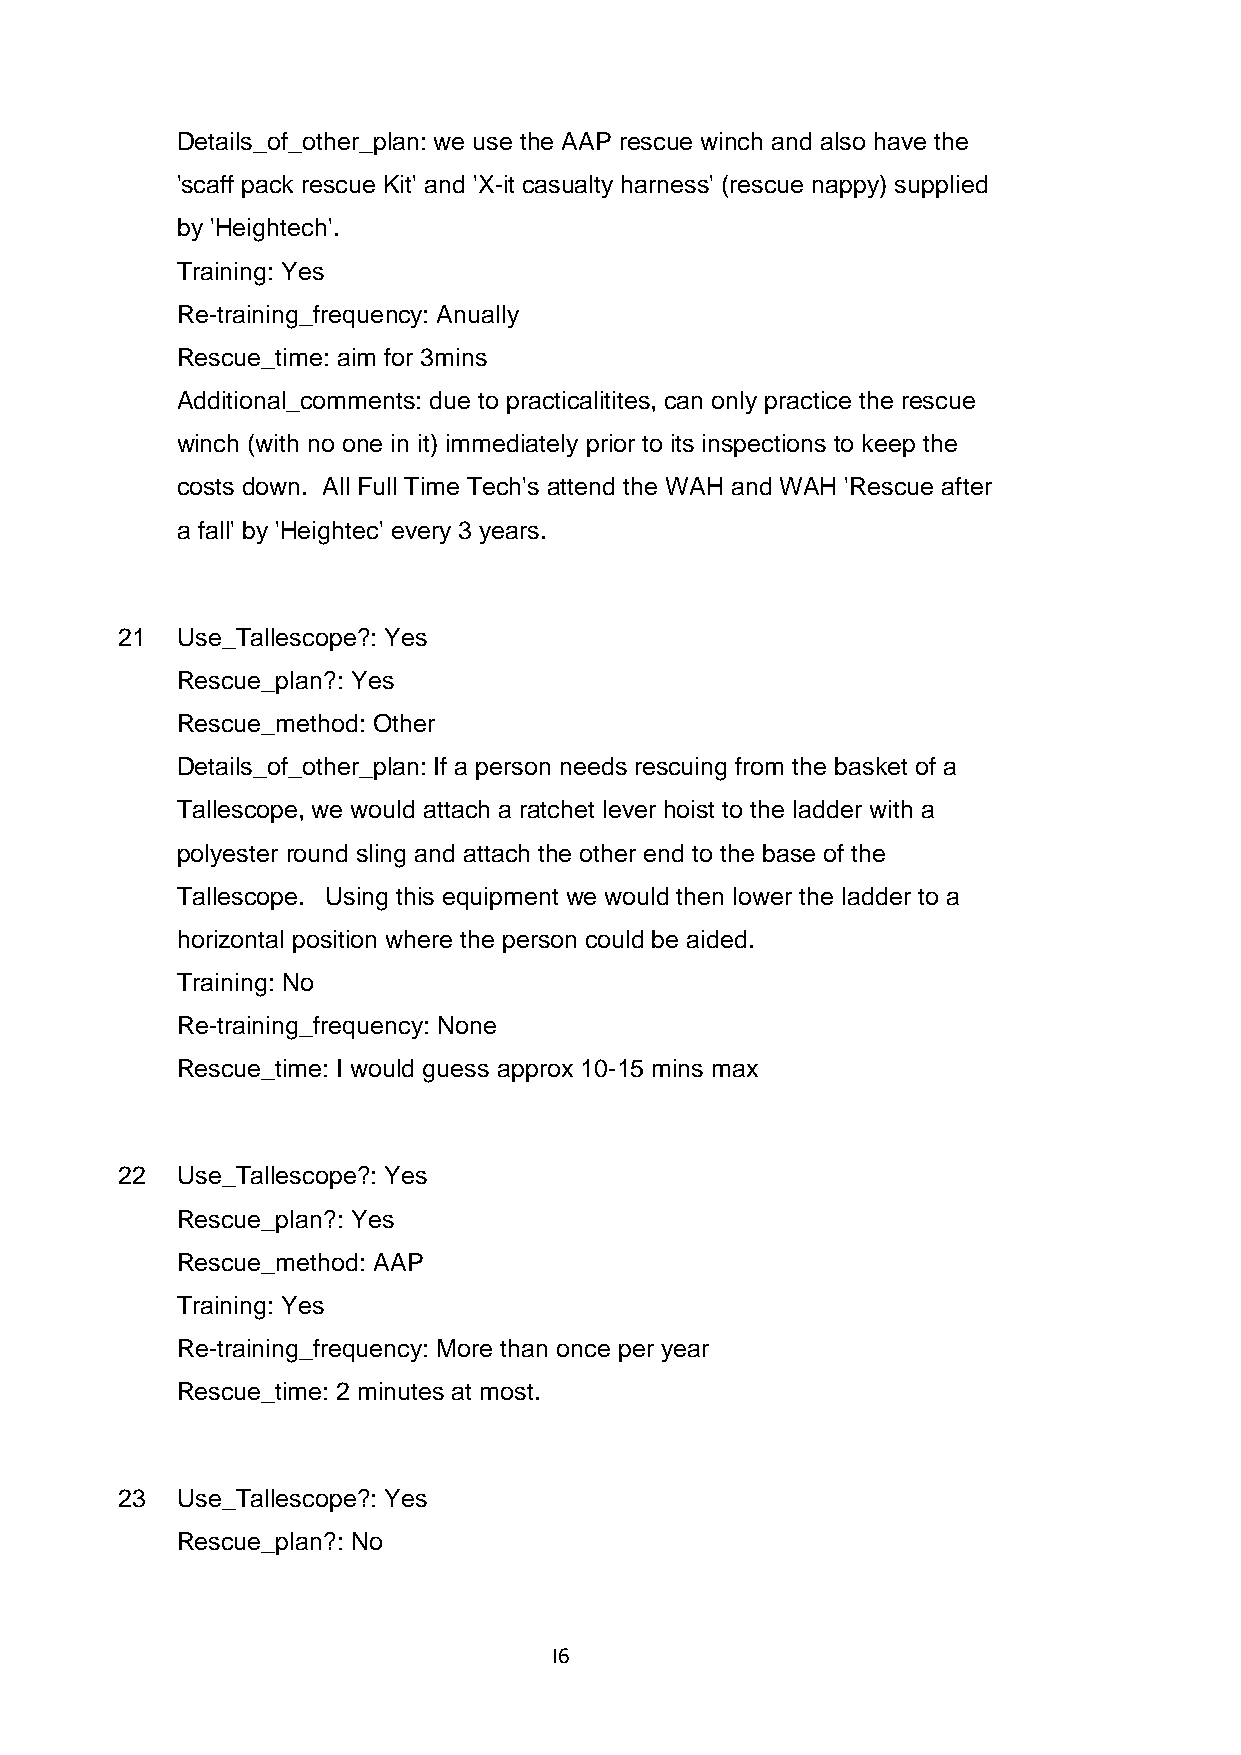
Details_of_other_plan: we use the AAP rescue winch and also have the
 'scaff pack rescue Kit' and 'X-it casualty harness' (rescue nappy) supplied
 by 'Heightech'.
 Training: Yes
 Re-training_frequency: Anually
 Rescue_time: aim for 3mins
 Additional_comments: due to practicalitites, can only practice the rescue
 winch (with no one in it) immediately prior to its inspections to keep the
 costs down. All Full Time Tech's attend the WAH and WAH 'Rescue after
 a fall' by 'Heightec' every 3 years.
 21  Use_Tallescope?: Yes
 Rescue_plan?: Yes
 Rescue_method: Other
 Details_of_other_plan: If a person needs rescuing from the basket of a
 Tallescope, we would attach a ratchet lever hoist to the ladder with a
 polyester round sling and attach the other end to the base of the
 Tallescope. Using this equipment we would then lower the ladder to a
 horizontal position where the person could be aided.
 Training: No
 Re-training_frequency: None
 Rescue_time: I would guess approx 10-15 mins max
 22  Use_Tallescope?: Yes
 Rescue_plan?: Yes
 Rescue_method: AAP
 Training: Yes
 Re-training_frequency: More than once per year
 Rescue_time: 2 minutes at most.
 23  Use_Tallescope?: Yes
 Rescue_plan?: No
 I6